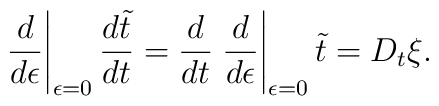
\left.\frac{d}{d\epsilon}\right|_{\epsilon=0}  \frac{d\tilde{t}}{dt}=\frac{d}{dt}\left.\frac{d}{d\epsilon}\right|_{\epsilon=0} \tilde{t}=D_{t}\xi.